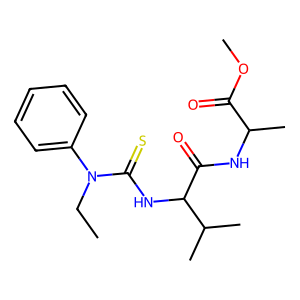
SMILES: CCN(C(=S)NC(C(=O)NC(C)C(=O)OC)C(C)C)c1ccccc1
Inhibits HIV replication: No